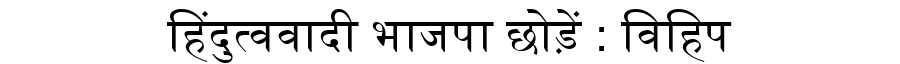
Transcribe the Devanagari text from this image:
हिंदुत्ववादी भाजपा छोड़ें : विहिप